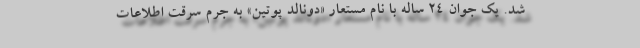
شد. یک جوان ۲۴ ساله با نام مستعار «دونالد پوتین» به جرم سرقت اطلاعات